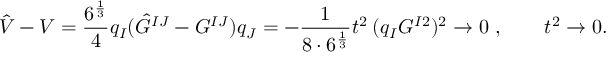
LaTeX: \hat { V } - V = \frac { 6 ^ { \frac { 1 } { 3 } } } { 4 } q _ { I } ( \hat { G } ^ { I J } - G ^ { I J } ) q _ { J } = - \frac { 1 } { 8 \cdot 6 ^ { \frac { 1 } { 3 } } } t ^ { 2 } \: ( q _ { I } G ^ { I 2 } ) ^ { 2 } \rightarrow 0 \ , \qquad t ^ { 2 } \rightarrow 0 .